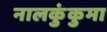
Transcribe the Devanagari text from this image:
नालकुंकुमा